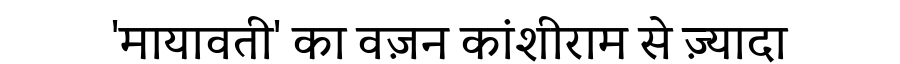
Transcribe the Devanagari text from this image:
'मायावती' का वज़न कांशीराम से ज़्यादा